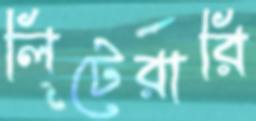
লিটেরারি